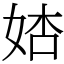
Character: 𡜺